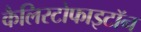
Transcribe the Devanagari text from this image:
कैलिस्टोफाइटॉन